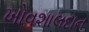
ખોવશાલદાન